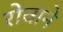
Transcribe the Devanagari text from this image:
रोवाने